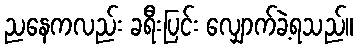
ညနေကလည်း ခရီးပြင်း လျှောက်ခဲ့ရသည်။